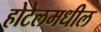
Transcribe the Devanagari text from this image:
होटेलमधील